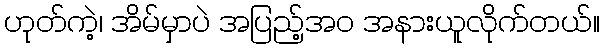
ဟုတ်ကဲ့၊ အိမ်မှာပဲ အပြည့်အဝ အနားယူလိုက်တယ်။